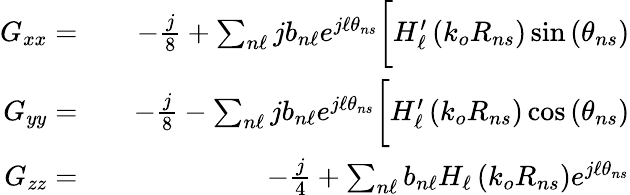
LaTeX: \begin{array}{rlr}{G_{xx}=}&{{}}&{-\frac{j}{8}+\sum_{n\ell}jb_{n\ell}e^{j\ell\theta_{ns}}\bigg[H_{\ell}^{\prime}\left(k_{o}R_{ns}\right)\sin\left(\theta_{ns}\right)}\\ {G_{yy}=}&{{}}&{-\frac{j}{8}-\sum_{n\ell}jb_{n\ell}e^{j\ell\theta_{ns}}\bigg[H_{\ell}^{\prime}\left(k_{o}R_{ns}\right)\cos\left(\theta_{ns}\right)}\\ {G_{zz}=}&{{}}&{-\frac{j}{4}+\sum_{n\ell}b_{n\ell}H_{\ell}\left(k_{o}R_{ns}\right)e^{j\ell\theta_{ns}}}\end{array}